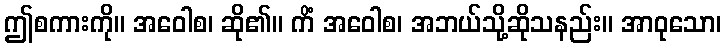
ဤစကားကို။ အဝေါစ၊ ဆို၏။ ကိံ အဝေါစ၊ အဘယ်သို့ဆိုသနည်း။ အာဝုသော၊